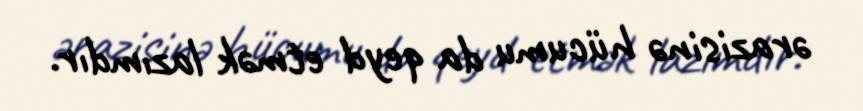
ərazisinə hücumu da qeyd etmək lazımdır.